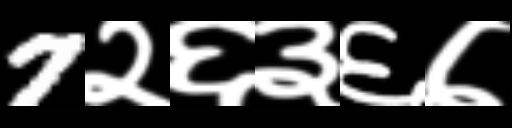
Text: 7२६३६७